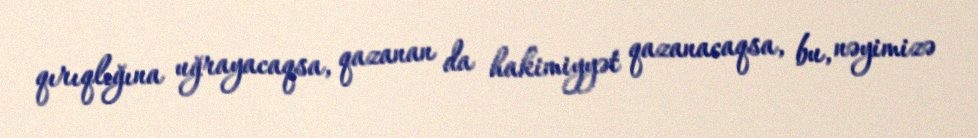
qırıqlığına uğrayacaqsa, qazanan da hakimiyyət qazanacaqsa, bu, nəyimizə